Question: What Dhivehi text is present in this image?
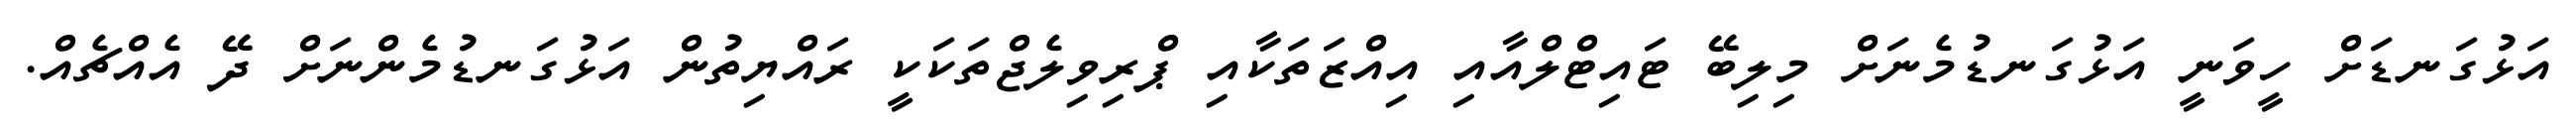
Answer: އަޅުގަނޑަށް ހީވަނީ އަޅުގަނޑުމެނަށް މިލިބޭ ޓައިޓްލްއާއި އިއްޒަތަކާއި ޕްރިވިލެޖްތަކަކީ ރައްޔިތުން އަޅުގަނޑުމެންނަށް ދޭ އެއްޗެއް.